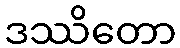
ဒဿိတော